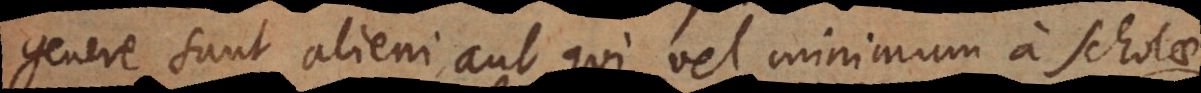
genere sunt alieni, aut qui vel minimum a Scholae